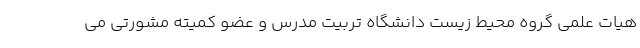
هیات علمی گروه محیط زیست دانشگاه تربیت مدرس و عضو کمیته مشورتی می